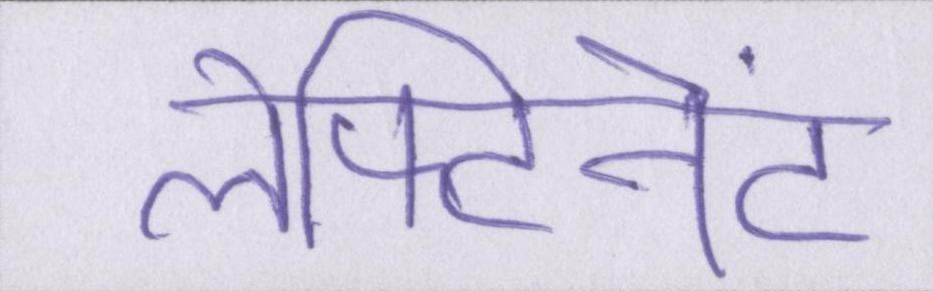
लेफ्टिनेंट